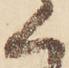
く